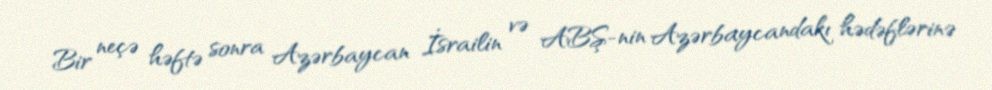
Bir neçə həftə sonra Azərbaycan İsrailin və ABŞ-nin Azərbaycandakı hədəflərinə